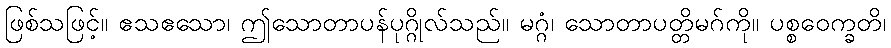
ဖြစ်သဖြင့်။ ဧသဧသော၊ ဤသောတာပန်ပုဂ္ဂိုလ်သည်။ မဂ္ဂံ၊ သောတာပတ္တိမဂ်ကို။ ပစ္စဝေက္ခတိ၊